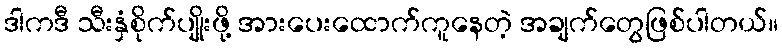
ဒါကဒီ သီးနှံစိုက်ပျိုးဖို့ အားပေးထောက်ကူနေတဲ့ အချက်တွေဖြစ်ပါတယ်။